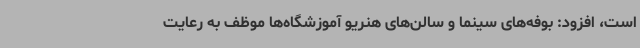
است، افزود: بوفه‌های سینما و سالن‌های هنریو آموزشگاه‌ها موظف به رعایت